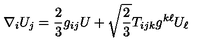
\nabla _ { i } U _ { j } = \frac { 2 } { 3 } g _ { i j } U + \sqrt { \frac { 2 } { 3 } } T _ { i j k } g ^ { k \ell } U _ { \ell }